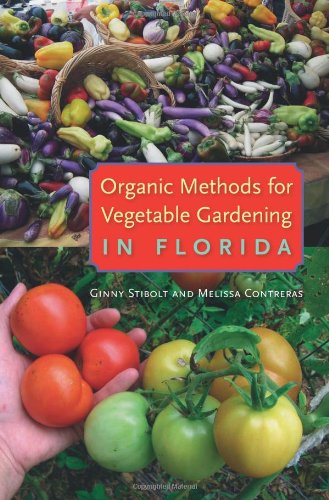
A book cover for Organic Methods for Vegetable Gardening in Florida; Ginny Stibolt; Crafts, Hobbies & Home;